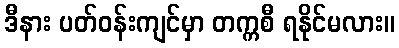
ဒီနား ပတ်ဝန်းကျင်မှာ တက္ကစီ ရနိုင်မလား။